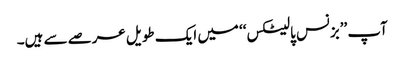
آپ ’’بزنس پالیٹکس‘‘ میں ایک طویل عرصے سے ہیں۔